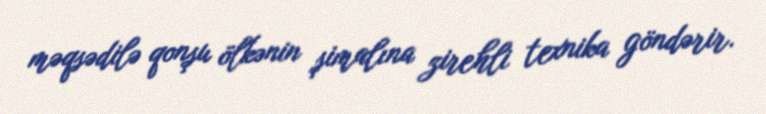
məqsədilə qonşu ölkənin şimalına zirehli texnika göndərir.